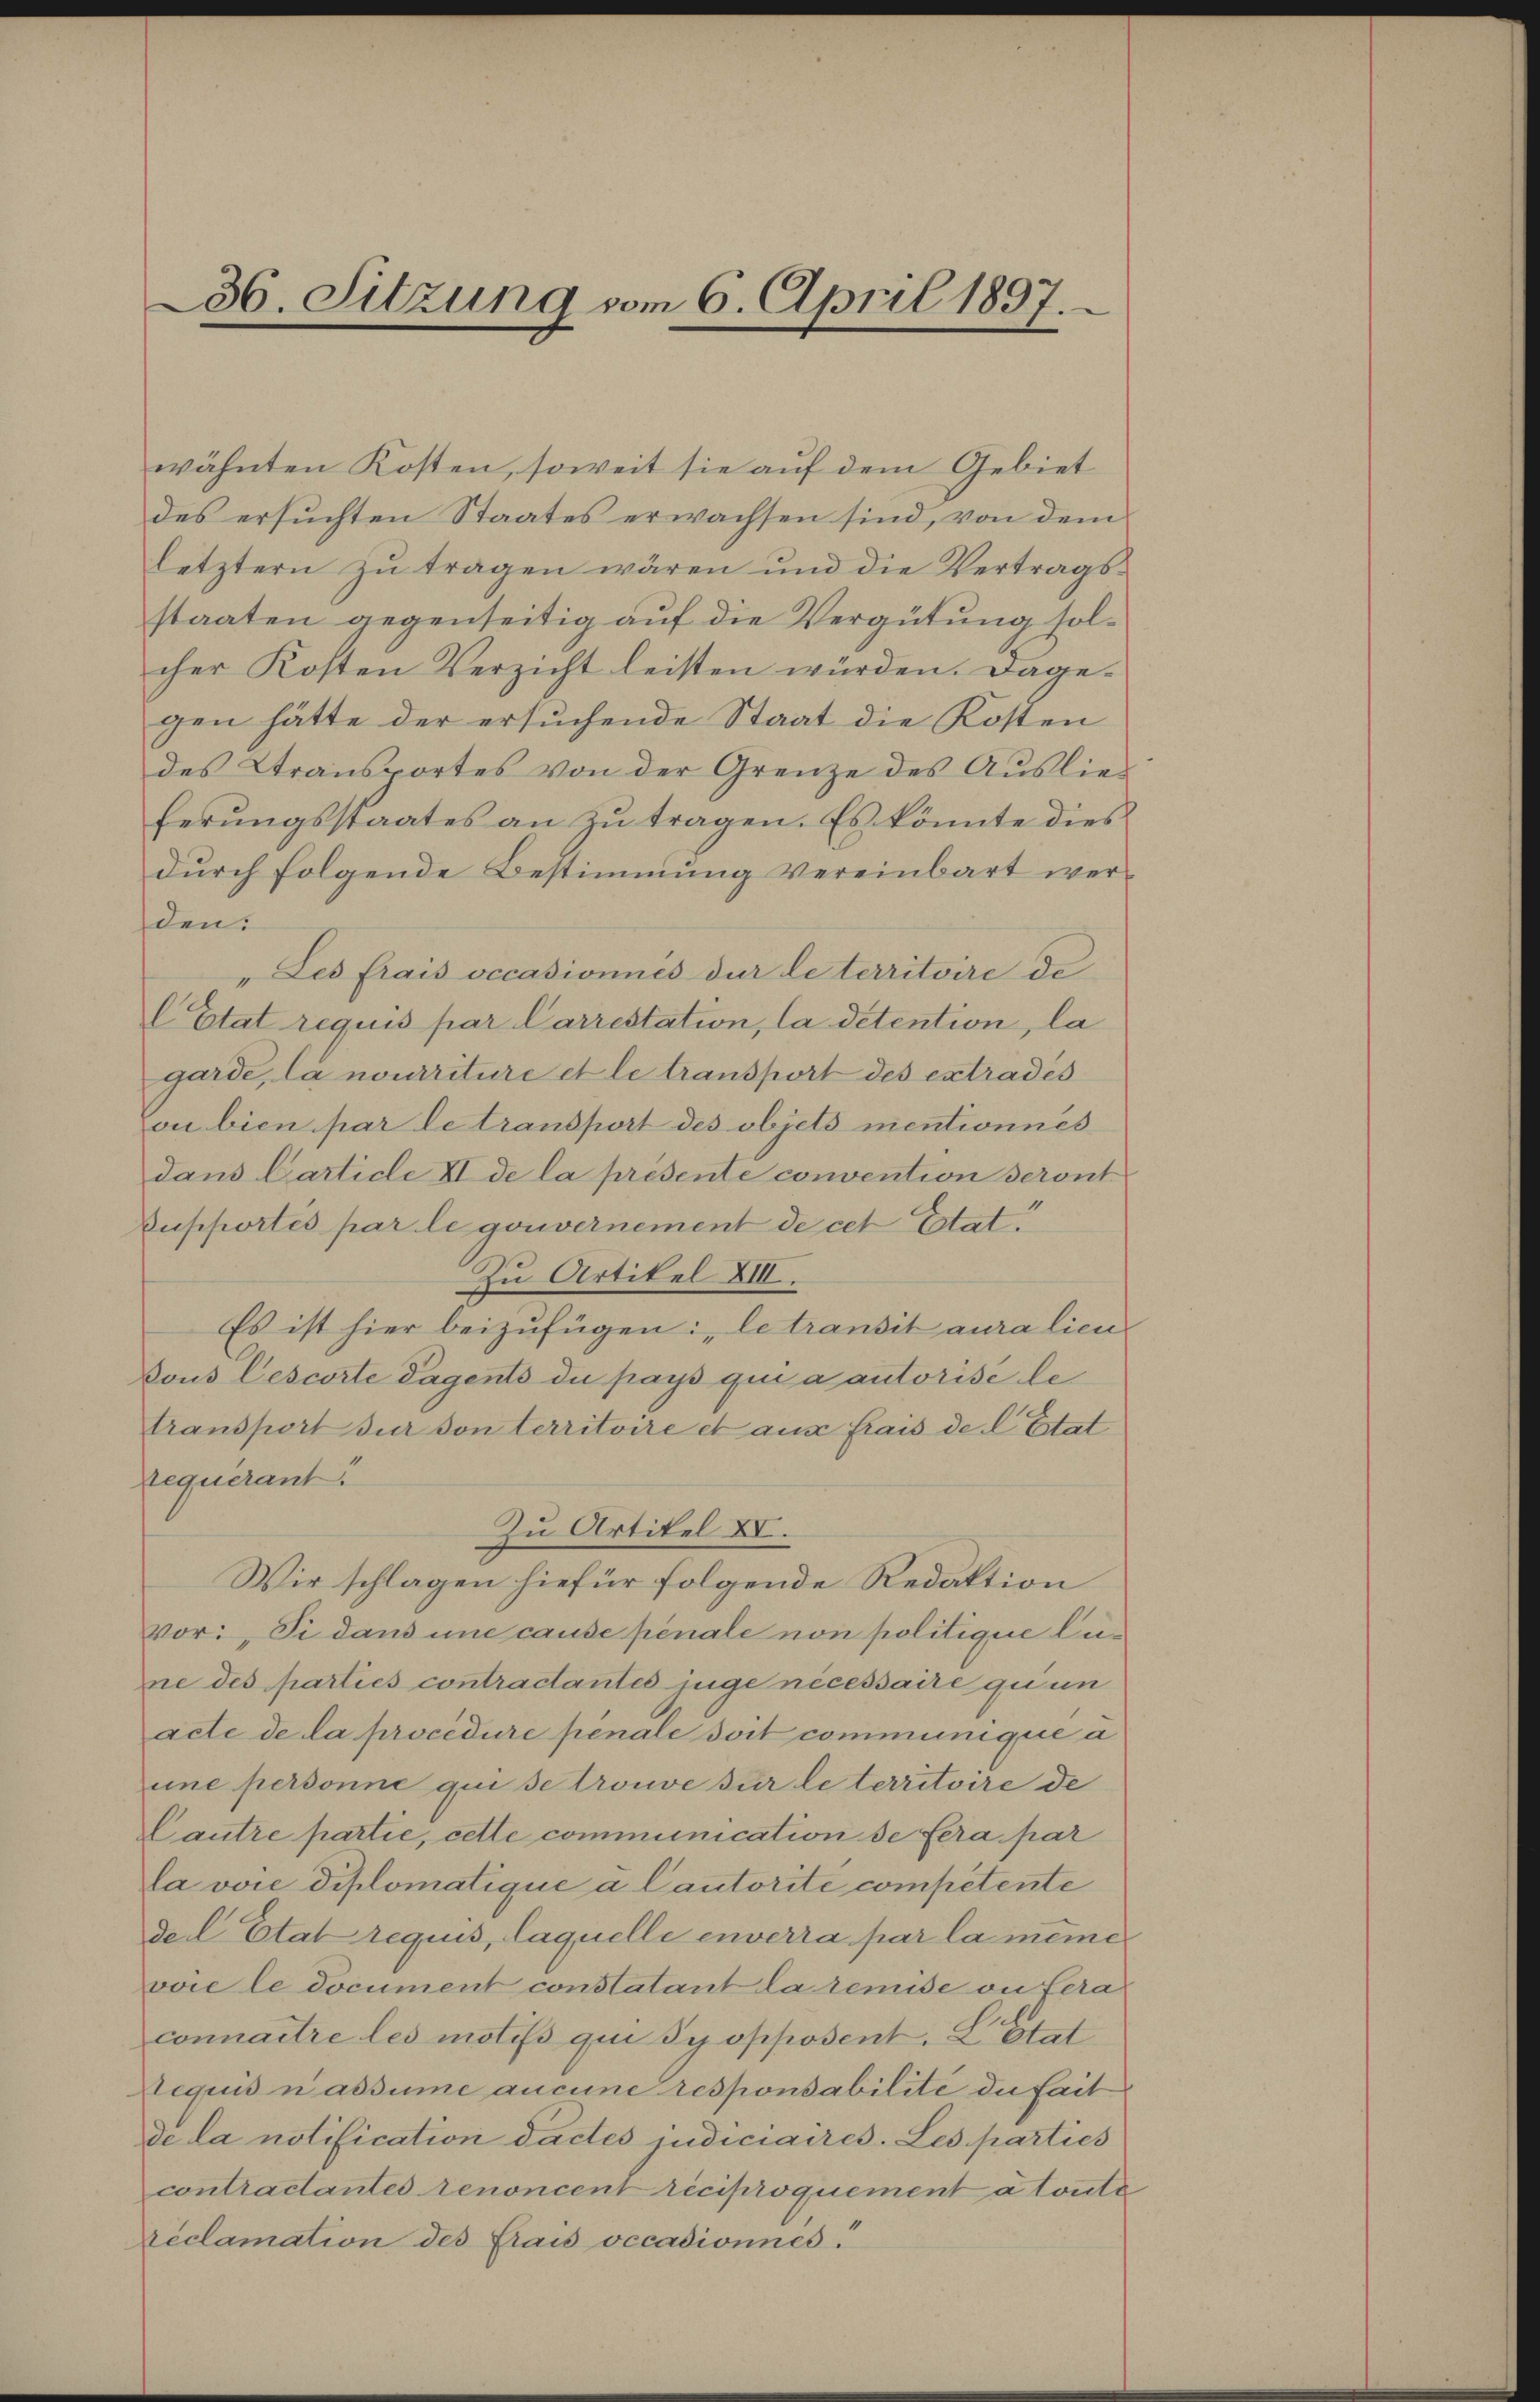
36. Sitzung vom 6. April 1897.

wähnten Kosten, soweit sie aŭf dem Gebiet
des ersuchten Staates erwachsen sind, von dem
letztern zŭ tragen wären und die Vertrags-
staaten gegenseitig auf die Vergütung solcher Kosten Verzicht leisten würden. Dagegen hätte der ersuchende Staat die Kosten
des Transportes von der Grenze des Aŭslies
ferungsstaates an zu tragen. Es könnte dies
durch folgende Bestimmung vereinbart werden.
Les frais occasionnés der le territoire de
l Etat requis par Carrestation, la detention, la
garde, la nourriture et le transport des extrades
Cou bien par le transport des objets mentionnes
dans Carticle II de la presente convention deront
Dupportés par le gouvernement de cet Estat
Zu Artikel XIII.
Es ist hier beizufügen: le transit auralien
Dous lescorte Tagents die pays qua autorise le
transport der von territoire et aus frais de l. Estat
requerant.
Zu Artikel XV.
Wir schlagen hiefür folgende Redaktion
vor: Si dans une cause pénale non politique Lune des parties contractantes juge necessaire qu un
acte de la procédure penale soit communique a
une personne qui se trouve sur le territoire de
Cautre partie, cette communication de fera par
la vore diplomatique a Cautorité competente
dell Etat requis, laquelle enverra par la même
voie le document constatant la remise ou fera
connaitre les motifs qui y opposent. L. Stat
Aequis nassume aucune responsabilité de fait
de la notification dactes judiciaires. Les parties
contractantes renoncent réciproquement à toute
Reclamation des Frais vecadionnés.